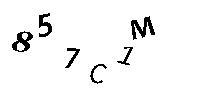
857C1M